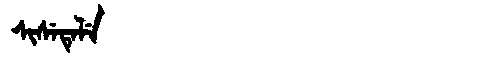
Manchu: ᠰᡳᠰᡝᡨᡝᠯᡝ
Romanization: SISETELE